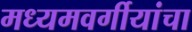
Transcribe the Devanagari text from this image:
मध्यमवर्गीयांचा